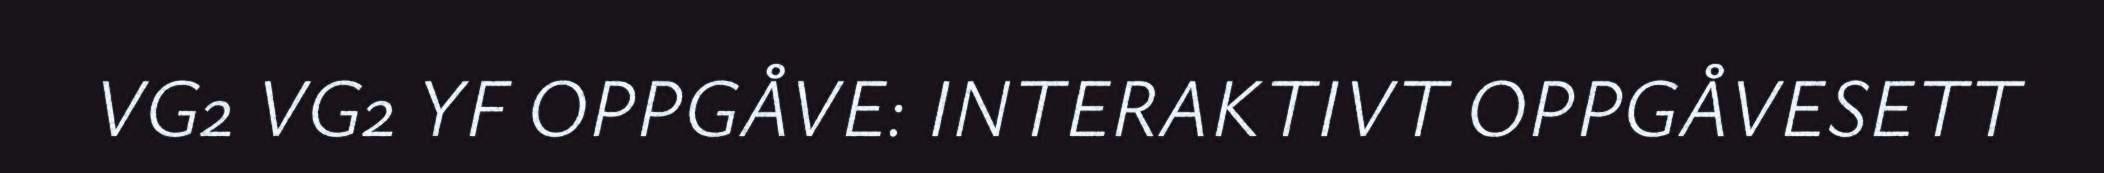
VG2 VG2 YF OPPGÅVE: INTERAKTIVT OPPGÅVESETT